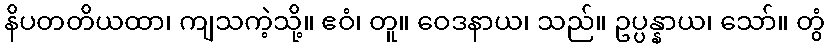
နိပတတိယထာ၊ ကျသကဲ့သို့။ ဧဝံ၊ တူ။ ဝေဒနာယ၊ သည်။ ဥပ္ပန္နာယ၊ သော်။ တွံ